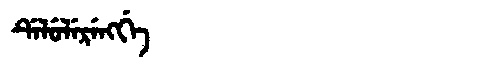
Manchu: ᡩᡝᠯᡠᠯᡝᡵᡝᠩᡤᡝ
Romanization: DELULERENGGE